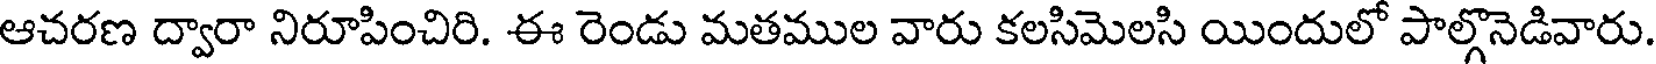
ఆచరణ ద్వారా నిరూపించిరి. ఈ రెండు మతముల వారు కలసిమెలసి యిందులో పాల్గొనెడివారు.